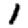
Digit: 1